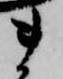
ま